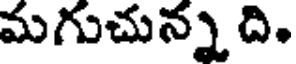
మగుచున్న ది.